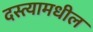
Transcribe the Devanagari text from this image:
दस्त्यामधील